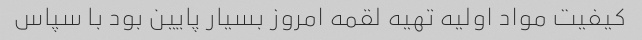
کیفیت مواد اولیه تهیه لقمه امروز بسیار پایین بود با سپاس